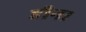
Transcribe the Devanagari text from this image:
हीन।